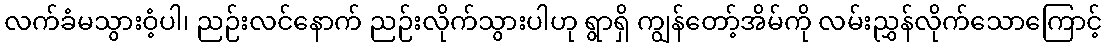
လက်ခံမသွားဝံ့ပါ၊ ညဉ်းလင်နောက် ညဉ်းလိုက်သွားပါဟု ရွာရှိ ကျွန်တော့်အိမ်ကို လမ်းညွှန်လိုက်သောကြောင့်